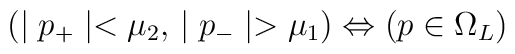
(\mid p_{+}\mid <\mu_2, \,\mid p_{-}\mid>\mu_1)\Leftrightarrow (p\in\Omega_L)